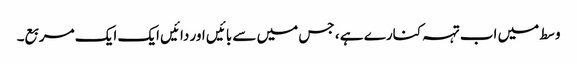
وسط میں اب تہہ کنارے ہے ، جس میں سے بائیں اور دائیں ایک ایک مربع۔